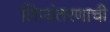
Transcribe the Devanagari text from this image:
लिप्यंतरणाची